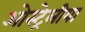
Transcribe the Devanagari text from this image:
ओस्ट्रेलीया